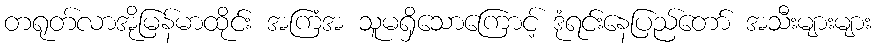
တရုတ်လာအိုမြန်မာထိုင်း အကြံအ သူမရှိသောကြောင့် ဒုံရင်းနေပြည်တော် အသီးများများ